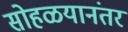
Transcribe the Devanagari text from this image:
सोहळयानंतर